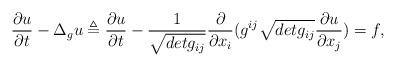
LaTeX: \begin{align*} \frac{\partial u}{\partial t}-\Delta_{g}u\triangleq \frac{\partial u}{\partial t}-\frac{1}{\sqrt{detg_{ij}}}\frac{\partial}{\partial x_{i}}(g^{ij}\sqrt{detg_{ij}}\frac{\partial u}{\partial x_{j}}) =f, \end{align*}